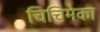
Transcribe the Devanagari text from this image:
चिचिमेका